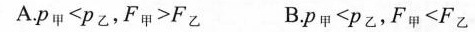
A.$$P_{甲} < P_{乙}$$,$$F_{甲} > F_{乙}$$ B.$$P_{甲} < P_{乙}$$,$$F_{甲} < F_{乙}$$